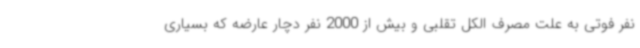
نفر فوتی به علت مصرف الکل تقلبی و بیش از 2000 نفر دچار عارضه که بسیاری